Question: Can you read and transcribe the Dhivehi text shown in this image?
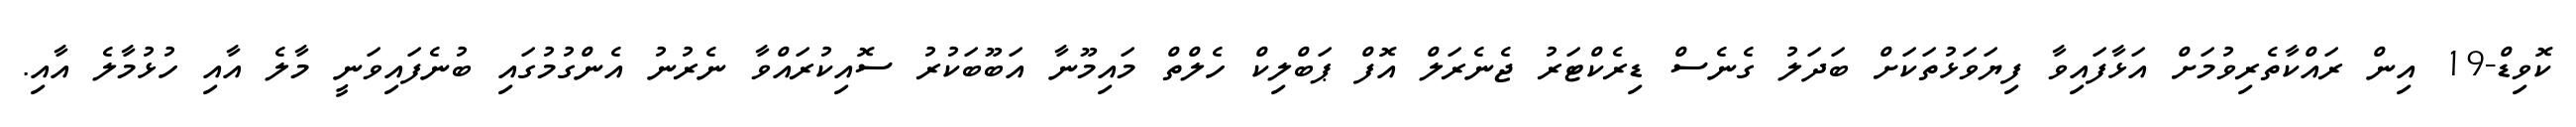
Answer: ކޮވިޑް-19 އިން ރައްކާތެރިވުމަށް އަޅާފައިވާ ފިޔަވަޅުތަކަށް ބަދަލު ގެނެސް ޑިރެކްޓަރު ޖެނެރަލް އޮފް ޕަބްލިކް ހެލްތް މައިމޫނާ އަބޫބަކުރު ސޮއިކުރައްވާ ނެރުނު އެންގުމުގައި ބުނެފައިވަނީ މާލެ އާއި ހުޅުމާލެ އާއި.